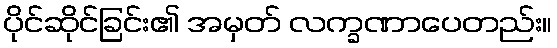
ပိုင်ဆိုင်ခြင်း၏ အမှတ် လက္ခဏာပေတည်း။